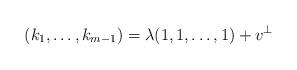
LaTeX: \begin{align*}(k_1,\ldots,k_{m-1}) = \lambda (1,1,\ldots, 1) + v^{\perp}\end{align*}